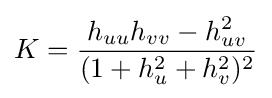
K={\frac {h_{uu}h_{vv}-h_{uv}^{2}}{(1+h_{u}^{2}+h_{v}^{2})^{2}}}